Vabadussoja_Ajaloo_Komitee, lk 17
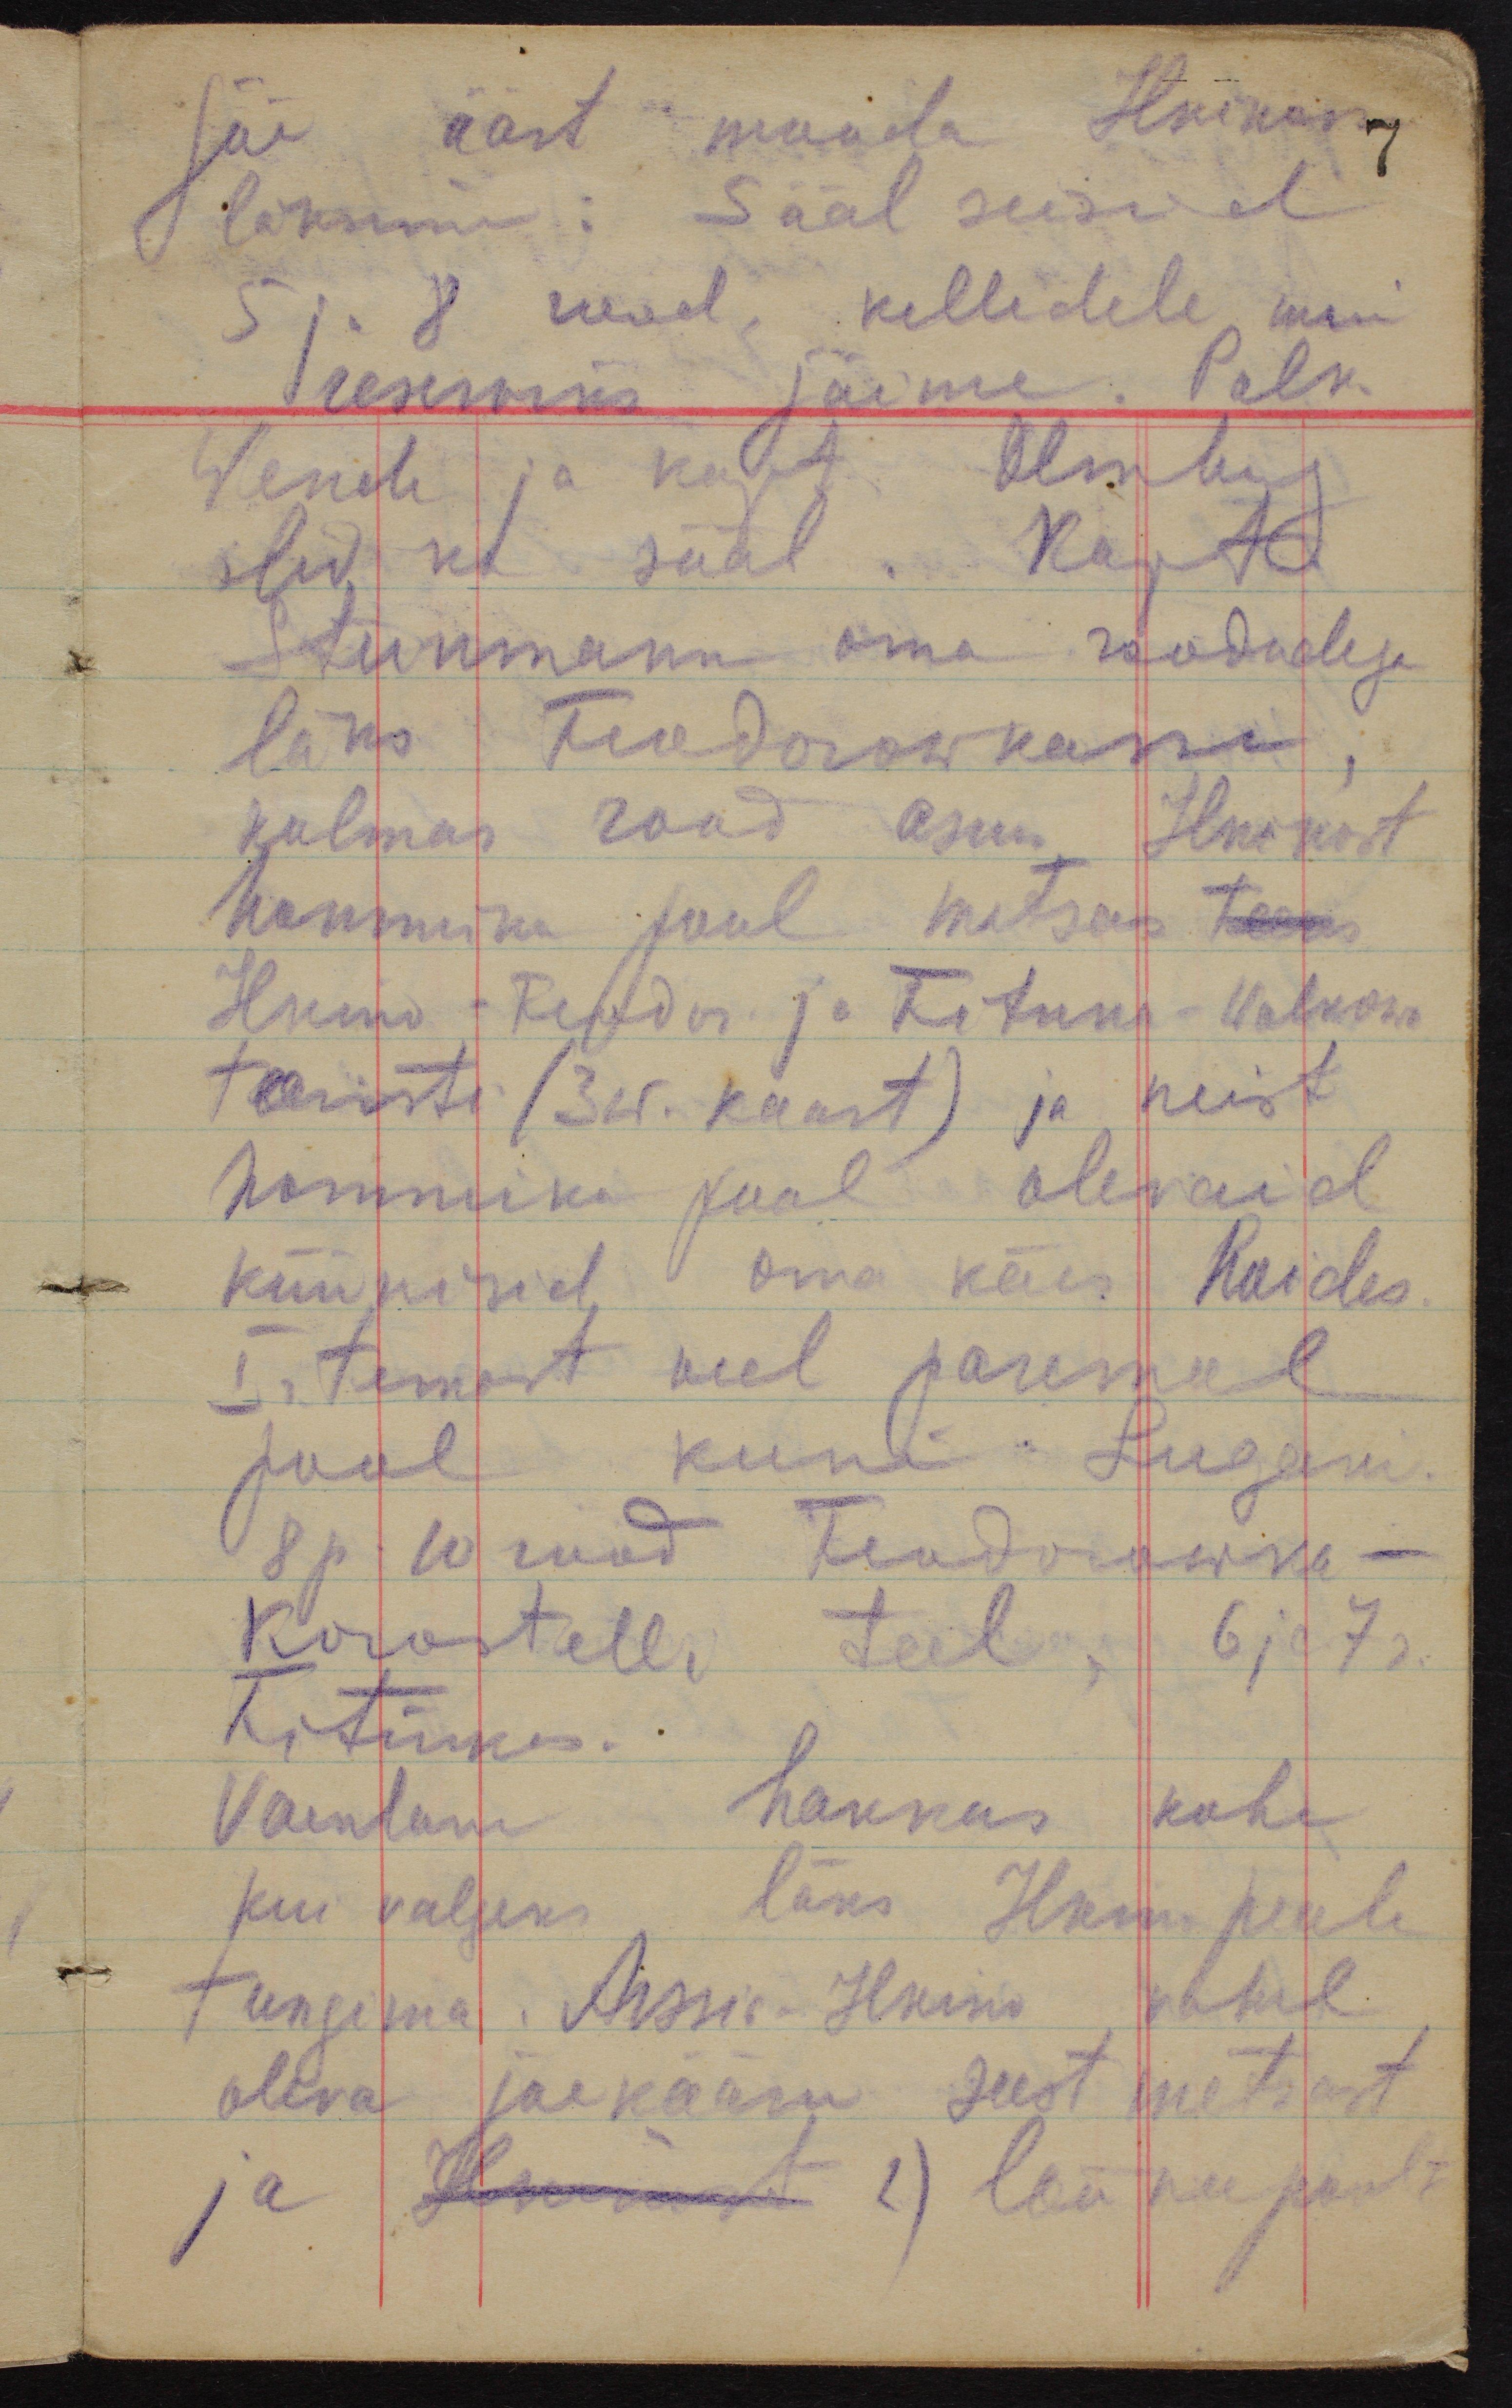
jõe äärt mooda Ilkinosse
läksime: Sääl seisid
5 ja 8 rood, kelledele meie
reserviks jäime. Polk.
Wende ja kapt. Olmberg
olid ka sääl. Kapt
Steinmann oma roodudega
läks Feodorowkasse,
kolmas rood asus Ilkinost
hommiku pool metsas teeks
Ilkino - Feodor ja Fitinka - Wolkowo
teeristi (3 w. kaart) ja neist
hommiku pool olevaid
küünisid oma käes hoides.
Ir.  temast veel paremal
pool kuni. Lugani.
8 p.10 rood Feodorowka -
Korostelli teel, 6 ja 7r.
Fitinkas.
Vaenlane hakkas kohe
kui valgeks läks Ilkino peale
tungima. Arssia - Ilkino vahel
oleva jõekääru seest metsast
ja Ilkinost 2) lõuna poolt